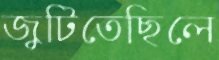
জুটিতেছিলে